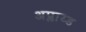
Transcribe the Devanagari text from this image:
अप्लाय्ड